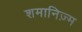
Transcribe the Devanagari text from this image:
शमानिज़्म